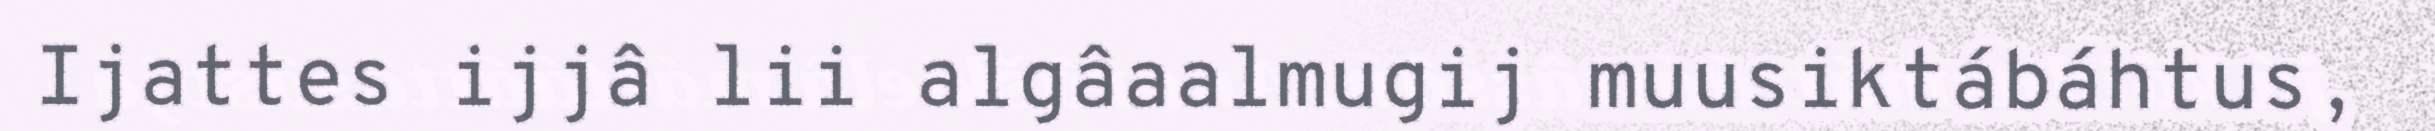
Ijattes ijjâ lii algâaalmugij muusiktábáhtus,